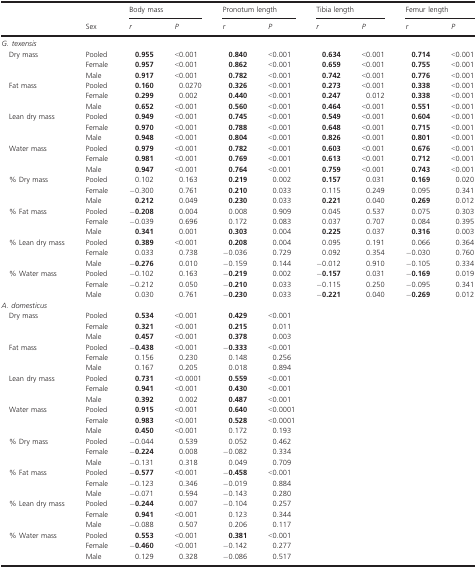
<table><thead><tr><td></td><td rowspan="2"><b>Sex</b></td><td colspan="2"><b>Body mass</b></td><td colspan="2"><b>Pronotum length</b></td><td colspan="2"><b>Tibia length</b></td><td colspan="2"><b>Femur length</b></td></tr><tr><td></td><td><b><i>r</i></b></td><td><b><i>P</i></b></td><td><b><i>r</i></b></td><td><b><i>P</i></b></td><td><b><i>r</i></b></td><td><b><i>P</i></b></td><td><b><i>r</i></b></td><td><b><i>P</i></b></td></tr></thead><tbody><tr><td colspan="10"><i>G. texensis</i></td></tr><tr><td rowspan="3"> Dry mass</td><td>Pooled</td><td><b>0.955</b></td><td>&lt;0.001</td><td><b>0.840</b></td><td>&lt;0.001</td><td><b>0.634</b></td><td>&lt;0.001</td><td><b>0.714</b></td><td>&lt;0.001</td></tr><tr><td>Female</td><td><b>0.957</b></td><td>&lt;0.001</td><td><b>0.862</b></td><td>&lt;0.001</td><td><b>0.659</b></td><td>&lt;0.001</td><td><b>0.755</b></td><td>&lt;0.001</td></tr><tr><td>Male</td><td><b>0.917</b></td><td>&lt;0.001</td><td><b>0.782</b></td><td>&lt;0.001</td><td><b>0.742</b></td><td>&lt;0.001</td><td><b>0.776</b></td><td>&lt;0.001</td></tr><tr><td rowspan="3"> Fat mass</td><td>Pooled</td><td><b>0.160</b></td><td>0.0270</td><td><b>0.326</b></td><td>&lt;0.001</td><td><b>0.273</b></td><td>&lt;0.001</td><td><b>0.338</b></td><td>&lt;0.001</td></tr><tr><td>Female</td><td><b>0.299</b></td><td>0.002</td><td><b>0.440</b></td><td>&lt;0.001</td><td><b>0.247</b></td><td>0.012</td><td><b>0.338</b></td><td>&lt;0.001</td></tr><tr><td>Male</td><td><b>0.652</b></td><td>&lt;0.001</td><td><b>0.560</b></td><td>&lt;0.001</td><td><b>0.464</b></td><td>&lt;0.001</td><td><b>0.551</b></td><td>&lt;0.001</td></tr><tr><td rowspan="3"> Lean dry mass</td><td>Pooled</td><td><b>0.949</b></td><td>&lt;0.001</td><td><b>0.745</b></td><td>&lt;0.001</td><td><b>0.549</b></td><td>&lt;0.001</td><td><b>0.604</b></td><td>&lt;0.001</td></tr><tr><td>Female</td><td><b>0.970</b></td><td>&lt;0.001</td><td><b>0.788</b></td><td>&lt;0.001</td><td><b>0.648</b></td><td>&lt;0.001</td><td><b>0.715</b></td><td>&lt;0.001</td></tr><tr><td>Male</td><td><b>0.948</b></td><td>&lt;0.001</td><td><b>0.804</b></td><td>&lt;0.001</td><td><b>0.826</b></td><td>&lt;0.001</td><td><b>0.801</b></td><td>&lt;0.001</td></tr><tr><td rowspan="3"> Water mass</td><td>Pooled</td><td><b>0.979</b></td><td>&lt;0.001</td><td><b>0.782</b></td><td>&lt;0.001</td><td><b>0.603</b></td><td>&lt;0.001</td><td><b>0.676</b></td><td>&lt;0.001</td></tr><tr><td>Female</td><td><b>0.981</b></td><td>&lt;0.001</td><td><b>0.769</b></td><td>&lt;0.001</td><td><b>0.613</b></td><td>&lt;0.001</td><td><b>0.712</b></td><td>&lt;0.001</td></tr><tr><td>Male</td><td><b>0.947</b></td><td>&lt;0.001</td><td><b>0.764</b></td><td>&lt;0.001</td><td><b>0.759</b></td><td>&lt;0.001</td><td><b>0.743</b></td><td>&lt;0.001</td></tr><tr><td rowspan="3"> % Dry mass</td><td>Pooled</td><td>0.102</td><td>0.163</td><td><b>0.219</b></td><td>0.002</td><td><b>0.157</b></td><td>0.031</td><td><b>0.169</b></td><td>0.020</td></tr><tr><td>Female</td><td>−0.300</td><td>0.761</td><td><b>0.210</b></td><td>0.033</td><td>0.115</td><td>0.249</td><td>0.095</td><td>0.341</td></tr><tr><td>Male</td><td><b>0.212</b></td><td>0.049</td><td><b>0.230</b></td><td>0.033</td><td><b>0.221</b></td><td>0.040</td><td><b>0.269</b></td><td>0.012</td></tr><tr><td rowspan="3"> % Fat mass</td><td>Pooled</td><td>−<b>0.208</b></td><td>0.004</td><td>0.008</td><td>0.909</td><td>0.045</td><td>0.537</td><td>0.075</td><td>0.303</td></tr><tr><td>Female</td><td>−0.039</td><td>0.696</td><td>0.172</td><td>0.083</td><td>0.037</td><td>0.707</td><td>0.084</td><td>0.395</td></tr><tr><td>Male</td><td><b>0.341</b></td><td>0.001</td><td><b>0.303</b></td><td>0.004</td><td><b>0.225</b></td><td>0.037</td><td><b>0.316</b></td><td>0.003</td></tr><tr><td rowspan="3"> % Lean dry mass</td><td>Pooled</td><td><b>0.389</b></td><td>&lt;0.001</td><td><b>0.208</b></td><td>0.004</td><td>0.095</td><td>0.191</td><td>0.066</td><td>0.364</td></tr><tr><td>Female</td><td>0.033</td><td>0.738</td><td>−0.036</td><td>0.729</td><td>0.092</td><td>0.354</td><td>−0.030</td><td>0.760</td></tr><tr><td>Male</td><td>−<b>0.276</b></td><td>0.010</td><td>−0.159</td><td>0.144</td><td>−0.012</td><td>0.910</td><td>−0.105</td><td>0.334</td></tr><tr><td rowspan="3"> % Water mass</td><td>Pooled</td><td>−0.102</td><td>0.163</td><td>−<b>0.219</b></td><td>0.002</td><td>−<b>0.157</b></td><td>0.031</td><td>−<b>0.169</b></td><td>0.019</td></tr><tr><td>Female</td><td>−0.212</td><td>0.050</td><td>−<b>0.210</b></td><td>0.033</td><td>−0.115</td><td>0.250</td><td>−0.095</td><td>0.341</td></tr><tr><td>Male</td><td>0.030</td><td>0.761</td><td>−<b>0.230</b></td><td>0.033</td><td>−<b>0.221</b></td><td>0.040</td><td>−<b>0.269</b></td><td>0.012</td></tr><tr><td colspan="10"><i>A. domesticus</i></td></tr><tr><td rowspan="3"> Dry mass</td><td>Pooled</td><td><b>0.534</b></td><td>&lt;0.001</td><td><b>0.429</b></td><td>&lt;0.001</td><td></td><td></td><td></td><td></td></tr><tr><td>Female</td><td><b>0.321</b></td><td>&lt;0.001</td><td><b>0.215</b></td><td>0.011</td><td></td><td></td><td></td><td></td></tr><tr><td>Male</td><td><b>0.457</b></td><td>&lt;0.001</td><td><b>0.378</b></td><td>0.003</td><td></td><td></td><td></td><td></td></tr><tr><td rowspan="3"> Fat mass</td><td>Pooled</td><td>−<b>0.438</b></td><td>&lt;0.001</td><td>−<b>0.333</b></td><td>&lt;0.001</td><td></td><td></td><td></td><td></td></tr><tr><td>Female</td><td>0.156</td><td>0.230</td><td>0.148</td><td>0.256</td><td></td><td></td><td></td><td></td></tr><tr><td>Male</td><td>0.167</td><td>0.205</td><td>0.018</td><td>0.894</td><td></td><td></td><td></td><td></td></tr><tr><td rowspan="3"> Lean dry mass</td><td>Pooled</td><td><b>0.731</b></td><td>&lt;0.0001</td><td><b>0.559</b></td><td>&lt;0.001</td><td></td><td></td><td></td><td></td></tr><tr><td>Female</td><td><b>0.941</b></td><td>&lt;0.001</td><td><b>0.430</b></td><td>&lt;0.001</td><td></td><td></td><td></td><td></td></tr><tr><td>Male</td><td><b>0.392</b></td><td>0.002</td><td><b>0.487</b></td><td>&lt;0.001</td><td></td><td></td><td></td><td></td></tr><tr><td rowspan="3"> Water mass</td><td>Pooled</td><td><b>0.915</b></td><td>&lt;0.001</td><td><b>0.640</b></td><td>&lt;0.0001</td><td></td><td></td><td></td><td></td></tr><tr><td>Female</td><td><b>0.983</b></td><td>&lt;0.001</td><td><b>0.528</b></td><td>&lt;0.0001</td><td></td><td></td><td></td><td></td></tr><tr><td>Male</td><td><b>0.450</b></td><td>&lt;0.001</td><td>0.172</td><td>0.193</td><td></td><td></td><td></td><td></td></tr><tr><td rowspan="3"> % Dry mass</td><td>Pooled</td><td>−0.044</td><td>0.539</td><td>0.052</td><td>0.462</td><td></td><td></td><td></td><td></td></tr><tr><td>Female</td><td>−<b>0.224</b></td><td>0.008</td><td>−0.082</td><td>0.334</td><td></td><td></td><td></td><td></td></tr><tr><td>Male</td><td>−0.131</td><td>0.318</td><td>0.049</td><td>0.709</td><td></td><td></td><td></td><td></td></tr><tr><td rowspan="3"> % Fat mass</td><td>Pooled</td><td>−<b>0.577</b></td><td>&lt;0.001</td><td>−<b>0.458</b></td><td>&lt;0.001</td><td></td><td></td><td></td><td></td></tr><tr><td>Female</td><td>−0.123</td><td>0.346</td><td>−0.019</td><td>0.884</td><td></td><td></td><td></td><td></td></tr><tr><td>Male</td><td>−0.071</td><td>0.594</td><td>−0.143</td><td>0.280</td><td></td><td></td><td></td><td></td></tr><tr><td rowspan="3"> % Lean dry mass</td><td>Pooled</td><td>−<b>0.244</b></td><td>0.007</td><td>−0.104</td><td>0.257</td><td></td><td></td><td></td><td></td></tr><tr><td>Female</td><td><b>0.941</b></td><td>&lt;0.001</td><td>0.123</td><td>0.344</td><td></td><td></td><td></td><td></td></tr><tr><td>Male</td><td>−0.088</td><td>0.507</td><td>0.206</td><td>0.117</td><td></td><td></td><td></td><td></td></tr><tr><td rowspan="3"> % Water mass</td><td>Pooled</td><td><b>0.553</b></td><td>&lt;0.001</td><td><b>0.381</b></td><td>&lt;0.001</td><td></td><td></td><td></td><td></td></tr><tr><td>Female</td><td>−<b>0.460</b></td><td>&lt;0.001</td><td>−0.142</td><td>0.277</td><td></td><td></td><td></td><td></td></tr><tr><td>Male</td><td>0.129</td><td>0.328</td><td>−0.086</td><td>0.517</td><td></td><td></td><td></td><td></td></tr></tbody></table>